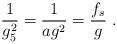
LaTeX: \begin{align*} \frac{1}{g_5^2} = \frac{1}{a g^2} = \frac{f_s}{g}\ .\end{align*}